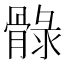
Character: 𲌏